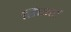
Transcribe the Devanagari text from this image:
रिसार्ट